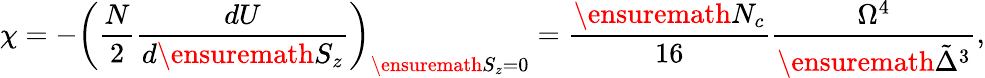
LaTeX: \chi=-\left(\frac{N}{2}\frac{dU}{d\ensuremath{S_{z}}}\right)_{\ensuremath{S_{z}}=0}=\frac{\ensuremath{N_{c}}}{16}\frac{\Omega^{4}}{\ensuremath{\tilde{\Delta}}^{3}},